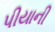
પીયાની